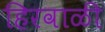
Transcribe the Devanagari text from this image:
हिरवाळी